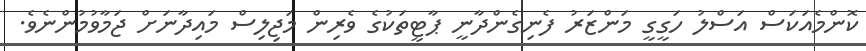
ކޮންމެއަކަސް އަސްލު ހަގީގީ މަންޒަރު ފެނިގެންދާނީ ޕާޓީތަކުގެ ވެރިން މަޖިލިސް މައިދާނަށް ޖަމާވުމުންނެވެ.